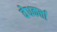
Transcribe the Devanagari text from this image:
वेधकर्त्ता